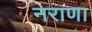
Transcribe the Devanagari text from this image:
नराणा